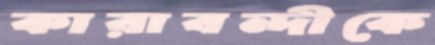
কারাবন্দীকে